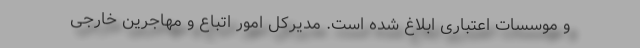
و موسسات اعتباری ابلاغ شده است. مدیرکل امور اتباع و مهاجرین خارجی